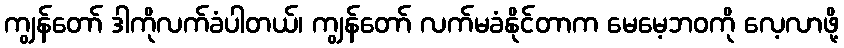
ကျွန်တော် ဒါကိုလက်ခံပါတယ်၊ ကျွန်တော် လက်မခံနိုင်တာက မေမေ့ဘဝကို လေ့လာဖို့